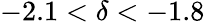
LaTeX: -2.1<\delta<-1.8